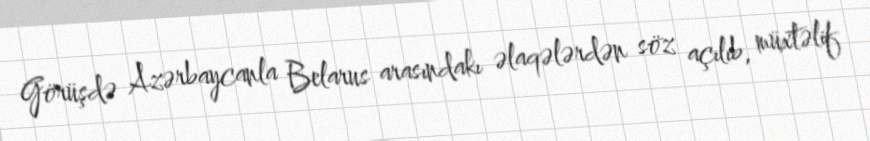
Görüşdə Azərbaycanla Belarus arasındakı əlaqələrdən söz açılıb, müxtəlif